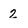
Character: 2